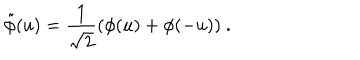
\tilde { \phi } ( u ) = \frac { 1 } { \sqrt { 2 } } ( \phi ( u ) + \phi ( - u ) ) \ .